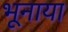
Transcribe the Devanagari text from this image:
भूनाया